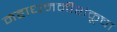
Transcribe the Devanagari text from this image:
महाधमनीशंकूचा